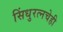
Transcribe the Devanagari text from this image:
सिंधुरत्नचेही